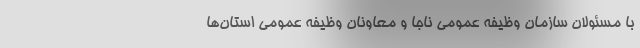
با مسئولان سازمان وظیفه عمومی ناجا و معاونان وظیفه عمومی استان‌ها